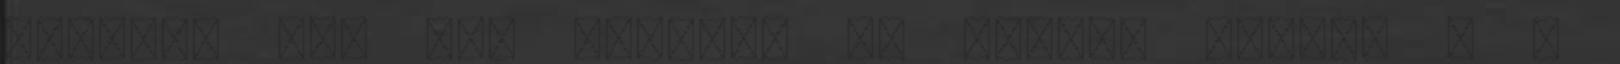
férfit, aki azt mondta: az eltűnt férfit a –